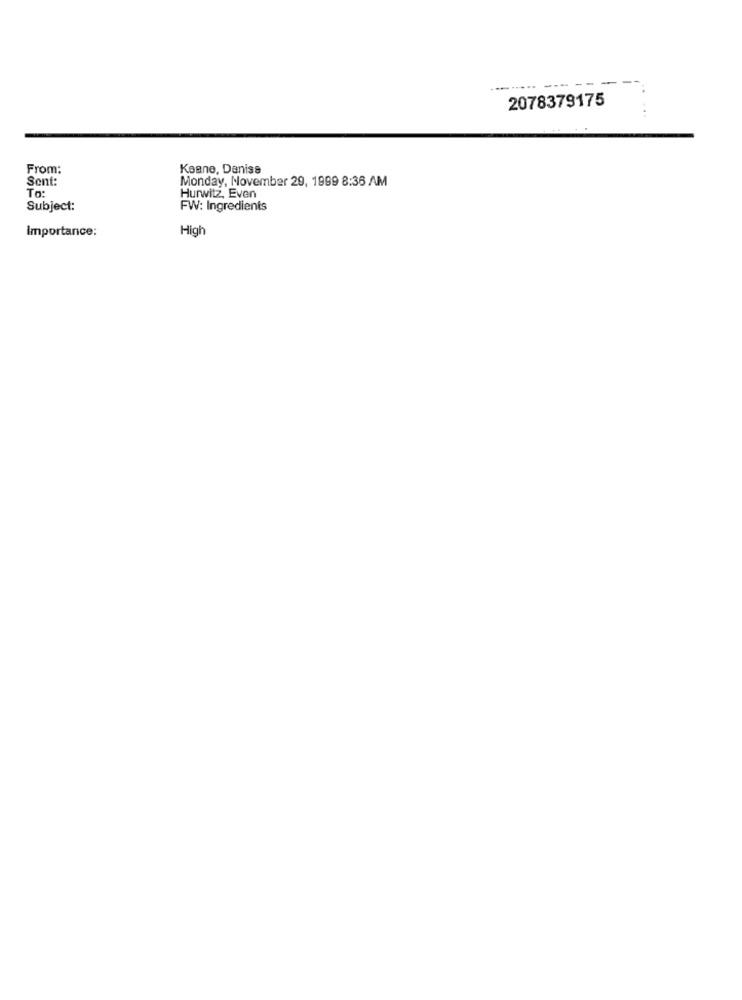
-- -
2078379175
From:
Keane, Denise
Sent:
Monday, November 29, 1999 8:36 AM
To:
Hurwitz, Even
Subject:
FW: Ingredients
Importance:
High